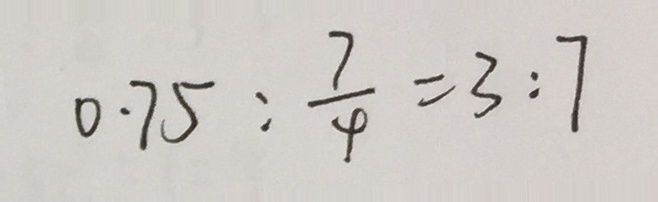
0 . 7 5 : \frac { 7 } { 4 } = 3 : 7